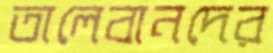
তালেবানদের